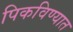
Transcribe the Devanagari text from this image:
पिकविण्यात